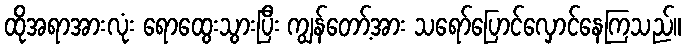
ထိုအရာအားလုံး ရောထွေးသွားပြီး ကျွန်တော့်အား သရော်ပြောင်လှောင်နေကြသည်။